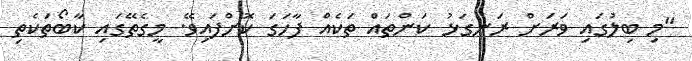
"މި ބިލުގައި ވަރަށް ރަނގަޅު ކަންތައް ތަކެއް ފާހަގަ ކޮށްފައިވޭ. މީގެތޭގައި ކާބޯތަކެތި